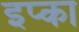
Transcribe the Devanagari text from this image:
इप्का